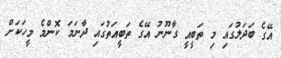
އޭގެ ބަދަލުގައި މި ތަބީއީ ގާނޫނު އޭގެ ތަބީއަތުގައި ދާނަމަ ކޮންމެ މީހަކަށް